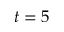
t = 5